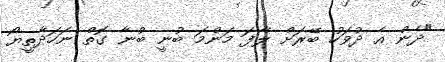
"ދެން އެ ދުވަހު ބޭރަށް ލާފަ މަންމަ ބުނީ ބުނާ ގޮތް ނަހަދާތީޔޯ